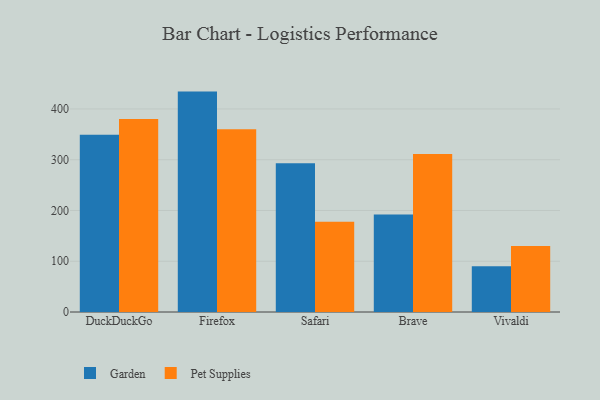
{"axis": {"x": "Browser", "y": "Revenue (USD Million)"}, "legend": ["Garden", "Pet Supplies"], "data": [{"x": "DuckDuckGo", "y": 349.1, "type": "Garden"}, {"x": "DuckDuckGo", "y": 380.3, "type": "Pet Supplies"}, {"x": "Firefox", "y": 434.2, "type": "Garden"}, {"x": "Firefox", "y": 359.8, "type": "Pet Supplies"}, {"x": "Safari", "y": 293.1, "type": "Garden"}, {"x": "Safari", "y": 178.0, "type": "Pet Supplies"}, {"x": "Brave", "y": 191.9, "type": "Garden"}, {"x": "Brave", "y": 311.5, "type": "Pet Supplies"}, {"x": "Vivaldi", "y": 90.0, "type": "Garden"}, {"x": "Vivaldi", "y": 129.9, "type": "Pet Supplies"}]}